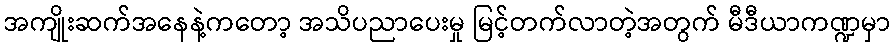
အကျိုးဆက်အနေနဲ့ကတော့ အသိပညာပေးမှု မြင့်တက်လာတဲ့အတွက် မီဒီယာကဏ္ဍမှာ